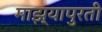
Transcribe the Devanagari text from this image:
माझ्यापुरती